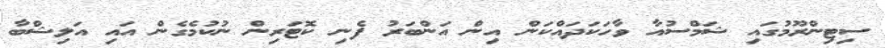
ސިޓިންރޫމުގައި ޝަމްސުއާ ވާހަކަދައްކަން އިން އަންބަރު ފެނި ކޮޓަރިން ނުކުމެގެން އައި އަލިޝްބާ